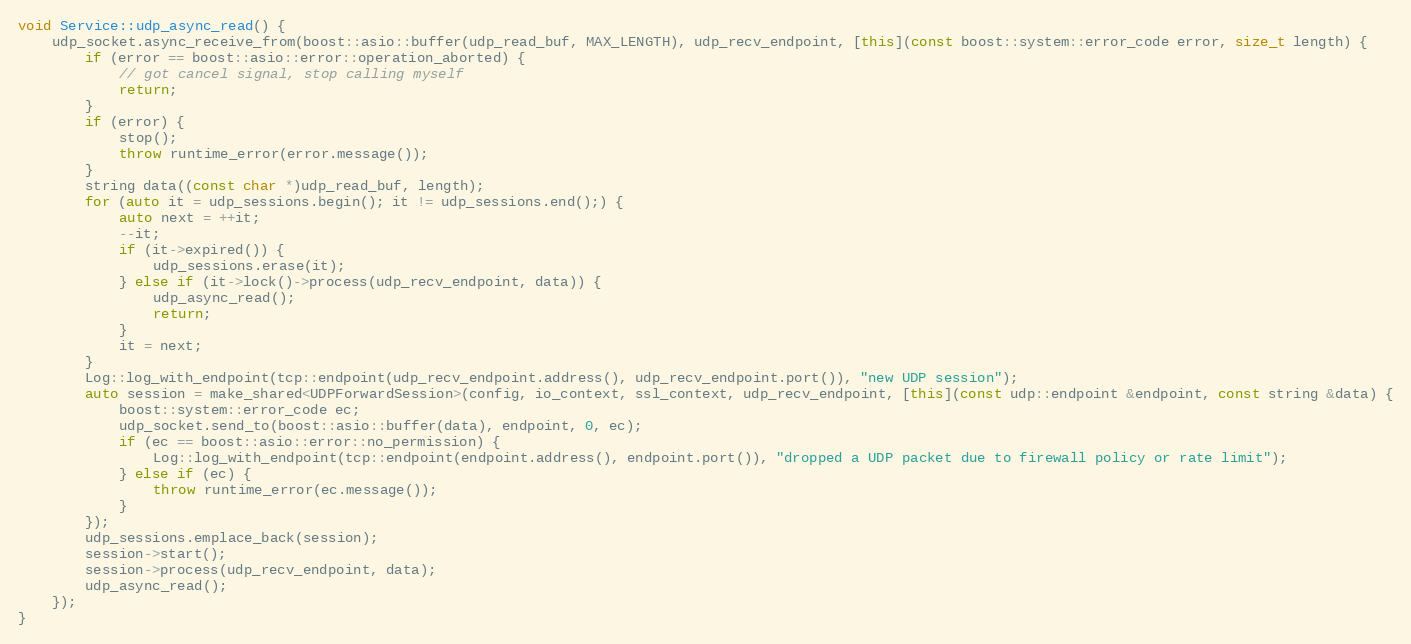
Language: C++
void Service::udp_async_read() {
    udp_socket.async_receive_from(boost::asio::buffer(udp_read_buf, MAX_LENGTH), udp_recv_endpoint, [this](const boost::system::error_code error, size_t length) {
        if (error == boost::asio::error::operation_aborted) {
            // got cancel signal, stop calling myself
            return;
        }
        if (error) {
            stop();
            throw runtime_error(error.message());
        }
        string data((const char *)udp_read_buf, length);
        for (auto it = udp_sessions.begin(); it != udp_sessions.end();) {
            auto next = ++it;
            --it;
            if (it->expired()) {
                udp_sessions.erase(it);
            } else if (it->lock()->process(udp_recv_endpoint, data)) {
                udp_async_read();
                return;
            }
            it = next;
        }
        Log::log_with_endpoint(tcp::endpoint(udp_recv_endpoint.address(), udp_recv_endpoint.port()), "new UDP session");
        auto session = make_shared<UDPForwardSession>(config, io_context, ssl_context, udp_recv_endpoint, [this](const udp::endpoint &endpoint, const string &data) {
            boost::system::error_code ec;
            udp_socket.send_to(boost::asio::buffer(data), endpoint, 0, ec);
            if (ec == boost::asio::error::no_permission) {
                Log::log_with_endpoint(tcp::endpoint(endpoint.address(), endpoint.port()), "dropped a UDP packet due to firewall policy or rate limit");
            } else if (ec) {
                throw runtime_error(ec.message());
            }
        });
        udp_sessions.emplace_back(session);
        session->start();
        session->process(udp_recv_endpoint, data);
        udp_async_read();
    });
}